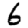
Digit: 6